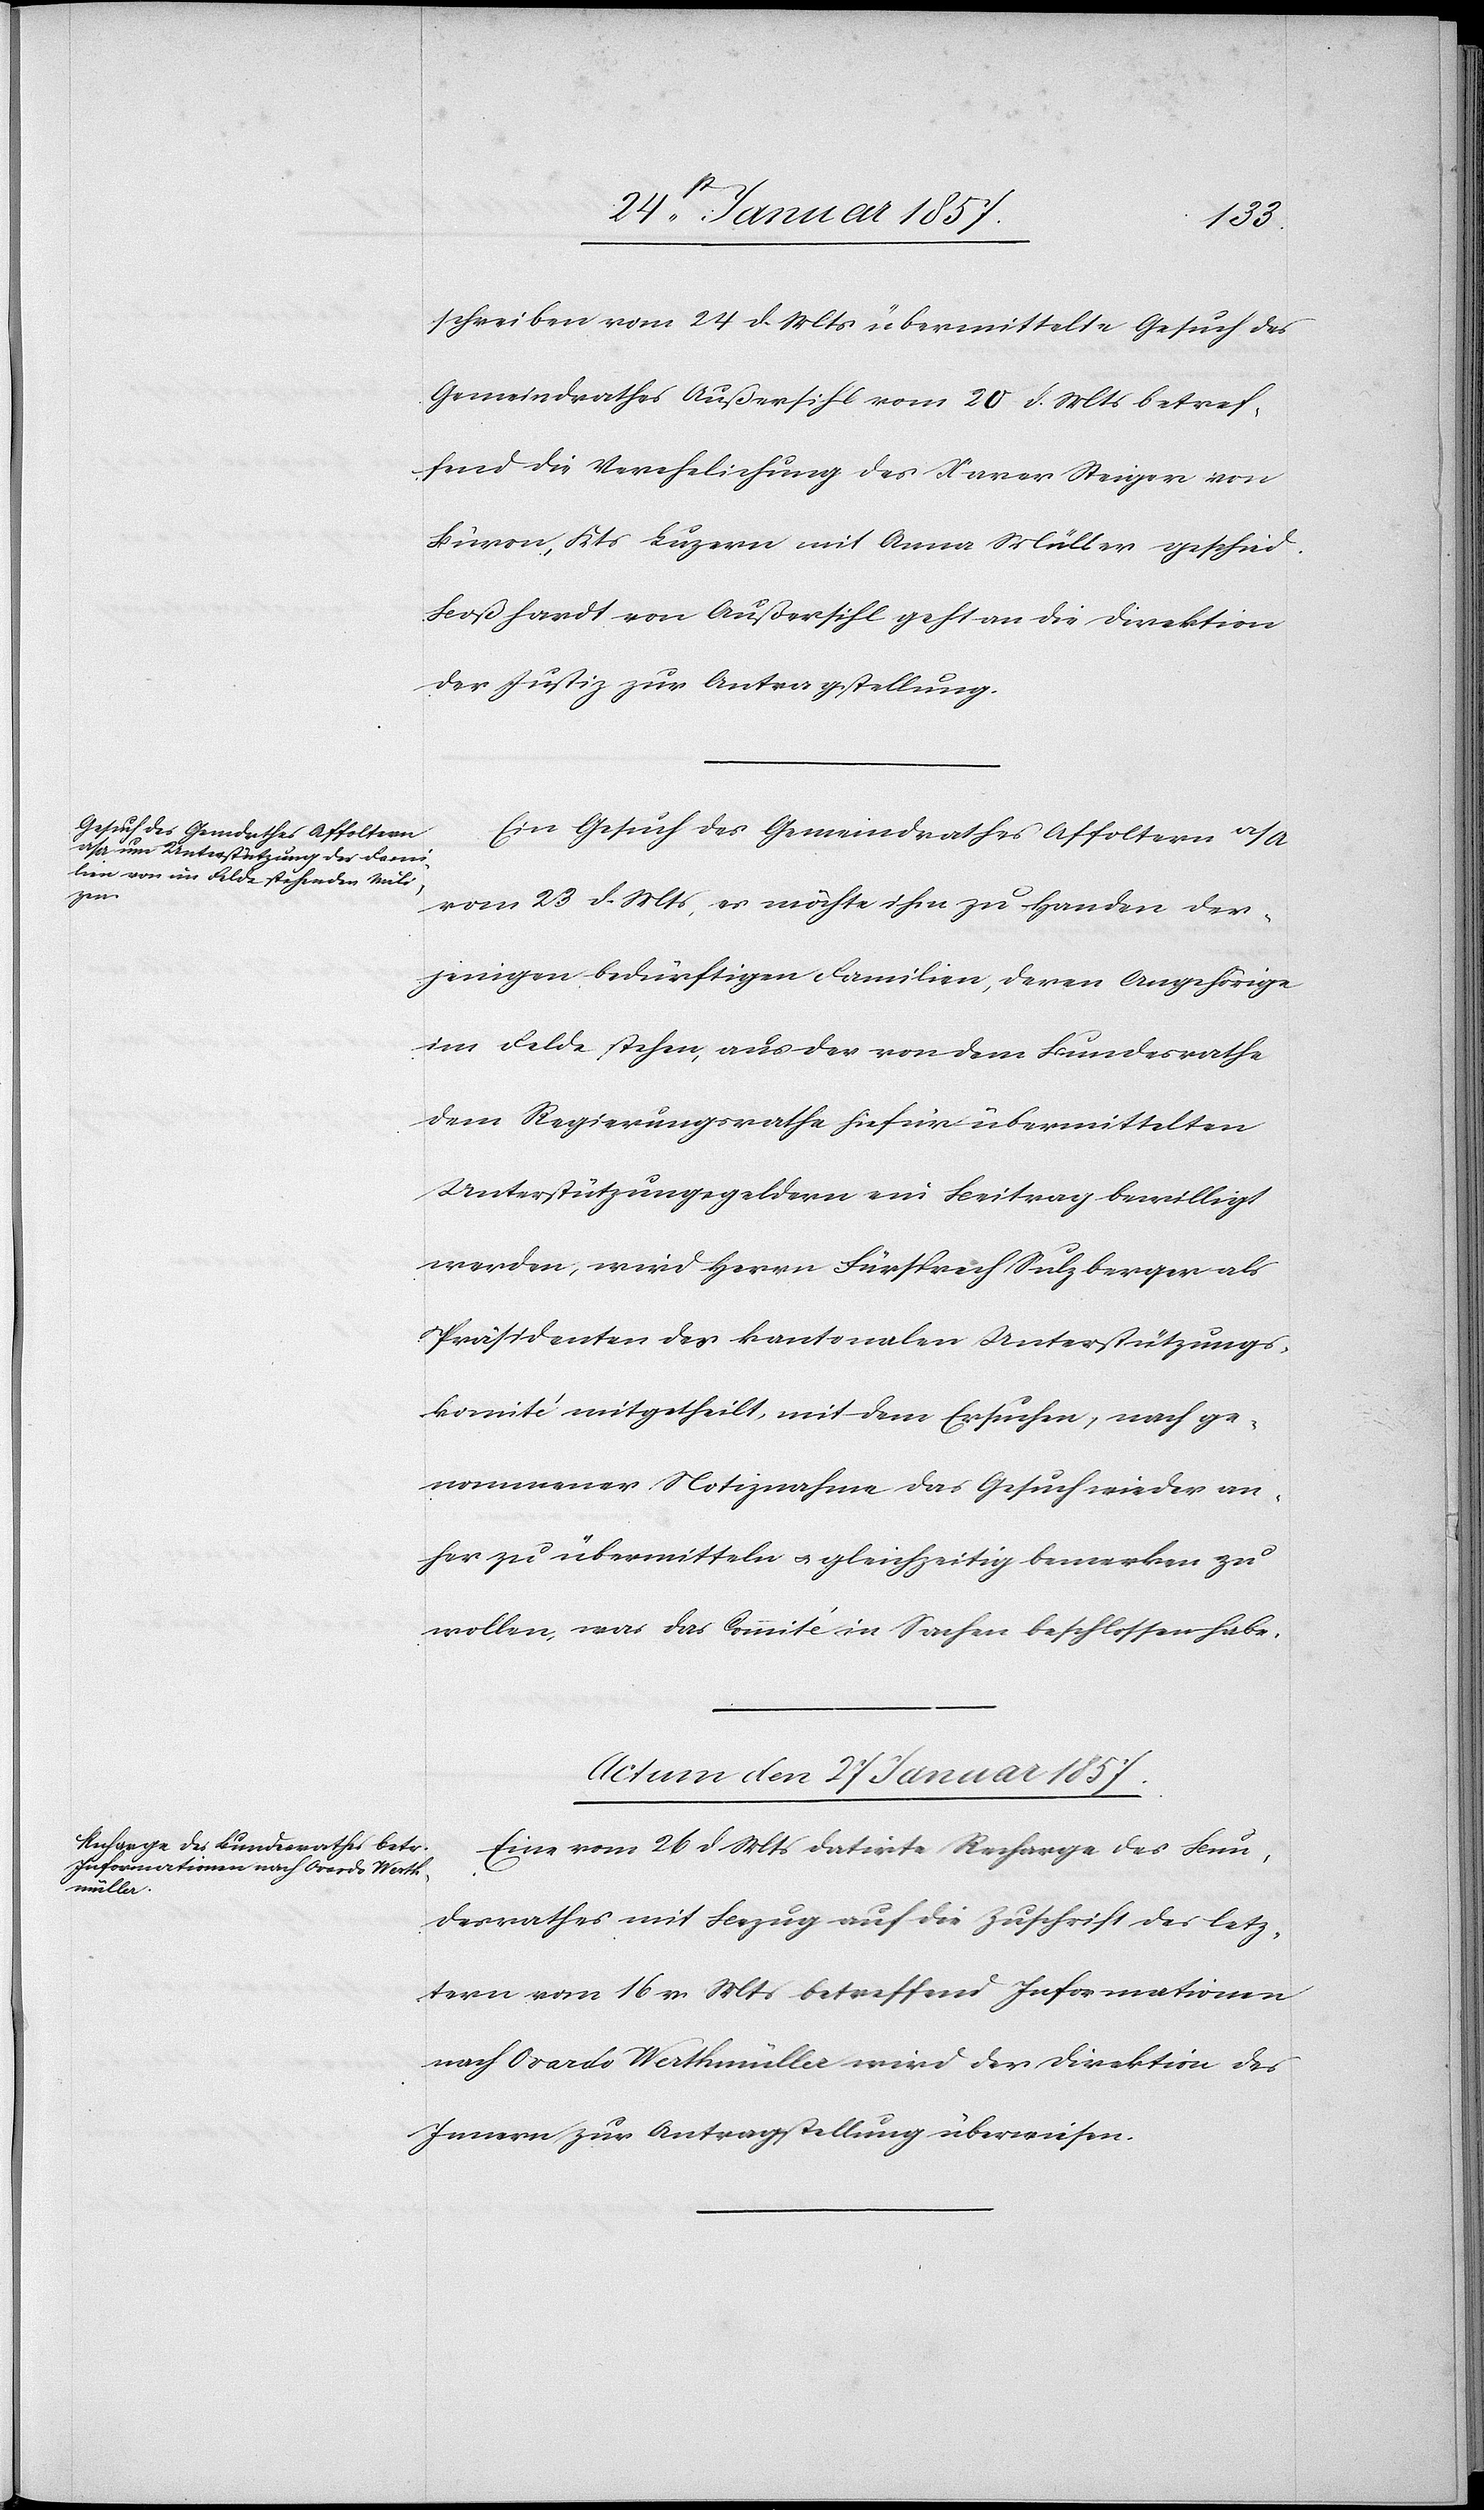
schreiben vom 24 d. Mts übermittelte Gesuch des
Gemeindrathes Außersihl vom 20 d. Mts betref¬
fend die Verehelichung des Xaver Steiger von
Büron, Kts Luzern mit Anna Müller geschied.
Boßhardt von Außersihl geht an die Direktion
der Justiz zur Antragstellung.
Ein Gesuch des Gemeindrathes Affoltern a/A
von 23 d. Mts, es möchte ihm zu Handen der¬
jenigen bedürftigen Familien, deren Angehörige
im Felde stehen, aus der von dem Bundesrathe
dem Regierungsrathe hiefür übermittelten
Unterstützungsgelder ein Beitrag bewilligt
werden, wird Herrn Fürsprech Sulzberger als
Präsidenten des kantonalen Unterstützungs¬
komité mitgetheilt, mit dem Ersuchen, nach ge¬
nommener Notiznahme das Gesuch wieder an¬
her zu übermitteln u. gleichzeitig bemerken zu
wollen, was das Comité in Sachen beschlossen habe.
Actum den 27 Januar 1857.
Eine vom 26 d. Mts datirte Recharge des Bun¬
desrathes mit Bezug auf die Zuschrift des letz¬
tern vom 16 v. Mts betreffend Informationen
nach Ovardo Werthmüller wird der Direktion des
Innern zur Antragstellung überwiesen.